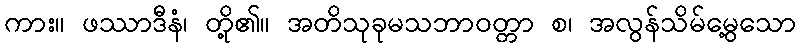
ကား။ ဖဿာဒီနံ၊ တို့၏။ အတိသုခုမသဘာဝတ္တာ စ၊ အလွန်သိမ်မွေ့သော